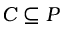
C \subseteq P